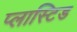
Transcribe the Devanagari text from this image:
प्लास्टिड